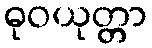
ဓုဝယုတ္တာ